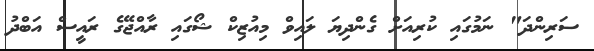
ސަރިންދަ" ނަމުގައި ކުރިއަށް ގެންދިޔަ ލައިވް މިއުޒިކް ޝޯގައި ރާއްޖޭގެ ރައީސް އަބްދު